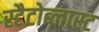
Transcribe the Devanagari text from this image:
स्टैटोब्लास्ट